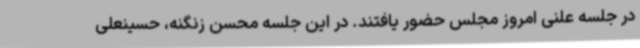
در جلسه علنی امروز مجلس حضور یافتند. در این جلسه محسن زنگنه، حسینعلی